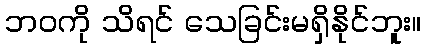
ဘဝကို သိရင် သေခြင်းမရှိနိုင်ဘူး။